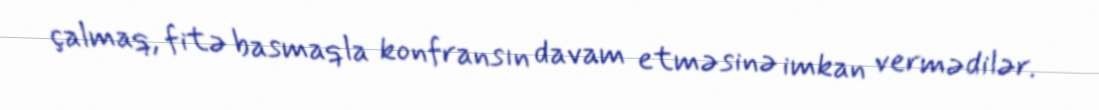
çalmaq, fitə basmaqla konfransın davam etməsinə imkan vermədilər.